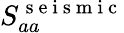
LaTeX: S_{aa}^{\mathrm{~s~e~i~s~m~i~c~}}